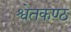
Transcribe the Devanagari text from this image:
श्वेतकण्ठ